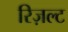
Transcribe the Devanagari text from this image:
रिज़ल्ट